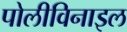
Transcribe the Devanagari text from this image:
पोलीविनाइल